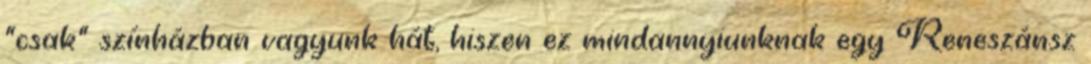
"csak" színházban vagyunk hát, hiszen ez mindannyiunknak egy Reneszánsz